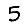
Digit: 5